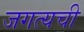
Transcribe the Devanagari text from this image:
जगत्यची